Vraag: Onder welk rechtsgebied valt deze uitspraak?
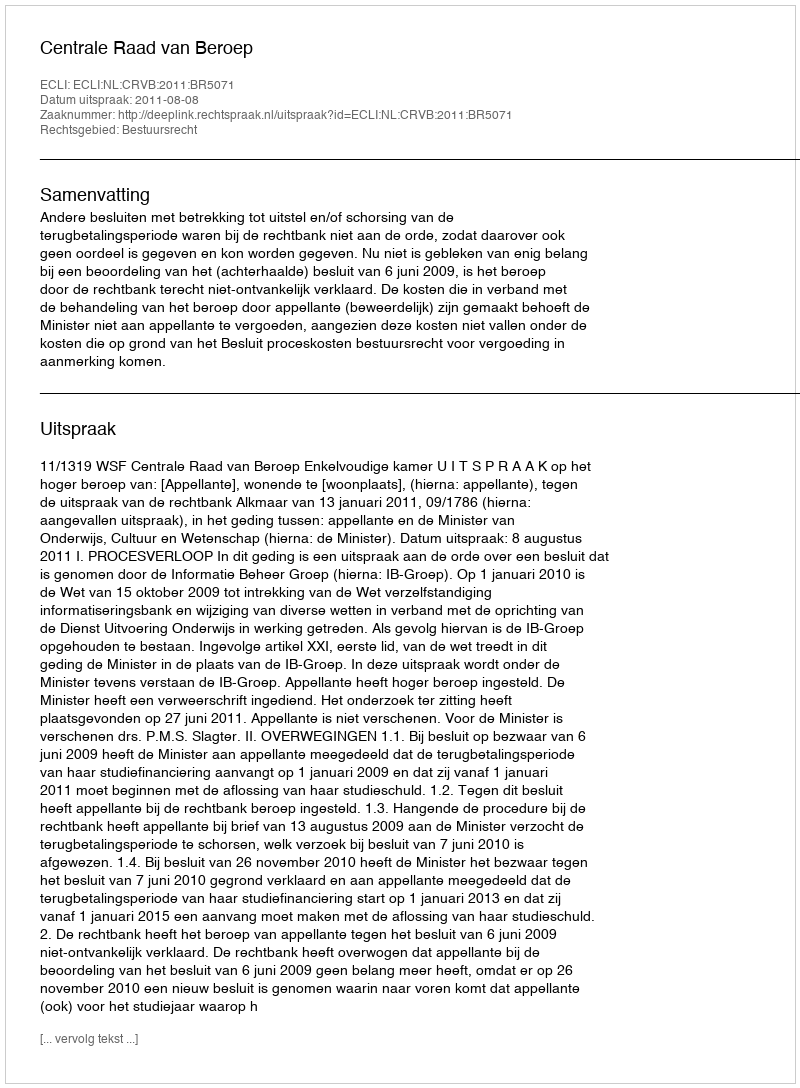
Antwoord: Bestuursrecht